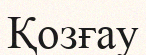
Қозғау